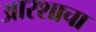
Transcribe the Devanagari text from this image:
आरशाचा